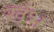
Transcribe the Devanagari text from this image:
खंभ